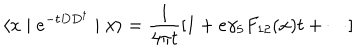
LaTeX: \langle x \mid e ^ { - t D D ^ { \dagger } } \mid x \rangle = \frac { 1 } { 4 \pi t } [ 1 + e \gamma _ { 5 } F _ { 1 2 } ( x ) t + \cdots ]